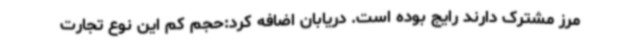
مرز مشترک دارند رایج بوده است. دریابان اضافه کرد:حجم کم این نوع تجارت